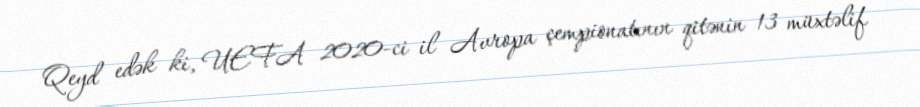
Qeyd edək ki, UEFA 2020-ci il Avropa çempionatının qitənin 13 müxtəlif